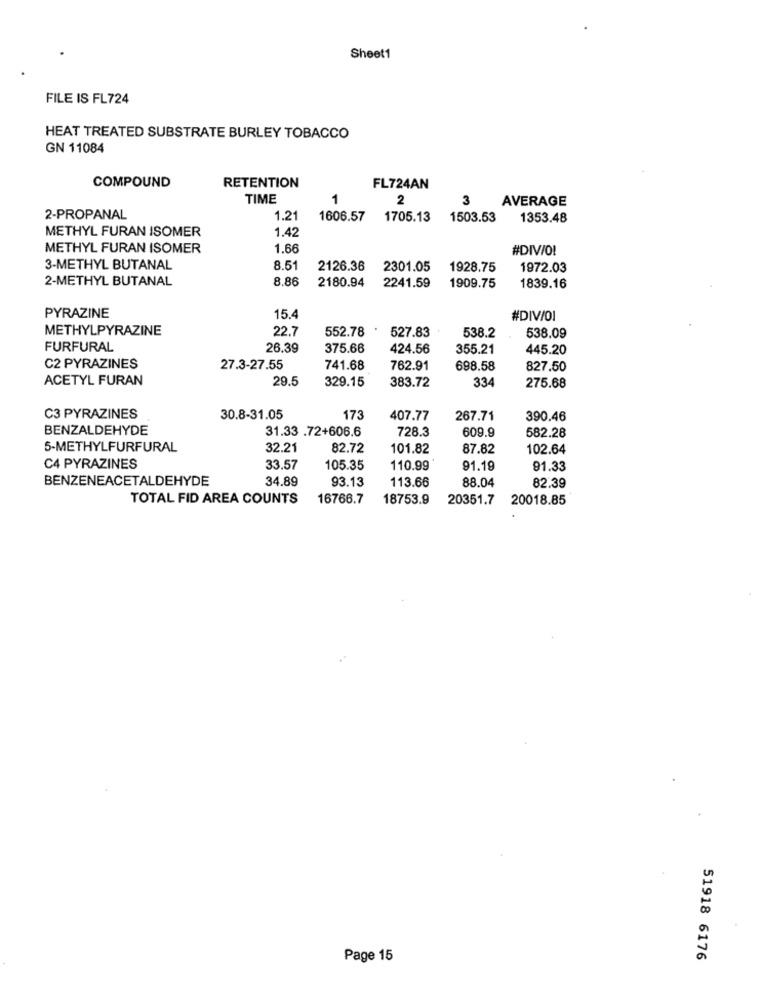
Sheet1
FILE IS FL724
HEAT TREATED SUBSTRATE BURLEY TOBACCO
GN 11084
RETENTION
COMPOUND
FL724AN
TIME
1
2
3
AVERAGE
2-PROPANAL
1.21
1606.57
1705.13
1503.53
1353.48
METHYL FURAN ISOMER
1.42
METHYL FURAN ISOMER
1.66
#DIV/O!
3-METHYL BUTANAL
8.51
2126.36
2301.05
1928.75
1972.03
2-METHYL BUTANAL
8.86
2180.94
2241.59
1909.75
1839.16
PYRAZINE
15.4
#DIV/O1
METHYLPYRAZINE
22.7
552.78
527.83
538.09
538.2
FURFURAL
26.39
375.66
424.56
355.21
445.20
C2 PYRAZINES
27.3-27.55
741.68
762.91
698.58
827.50
ACETYL FURAN
29.5
329.15
383.72
334
275.68
C3 PYRAZINES
30.8-31.05
173
407.77
267.71
390.46
BENZALDEHYDE
31.33 .72+606.6
728.3
609.9
582.28
5-METHYLFURFURAL
32.21
82.72
101.82
87.82
102.64
C4 PYRAZINES
33.57
105.35
110.99
91.19
91.33
BENZENEACETALDEHYDE
34.89
93.13
113.66
88.04
82.39
TOTAL FID AREA COUNTS
16766.7
18753.9
20351.7
20018.85
Page 15
51918 6176